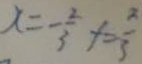
x = - \frac { 2 } { 3 } f = \frac { 2 } { 3 }